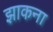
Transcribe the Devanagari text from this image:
झाकना